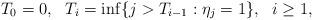
LaTeX: \begin{align*}T_0=0, \ \ T_i=\inf\{j>T_{i-1}: \eta_j=1\}, \ \ i\geq 1,\end{align*}